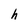
Character: h